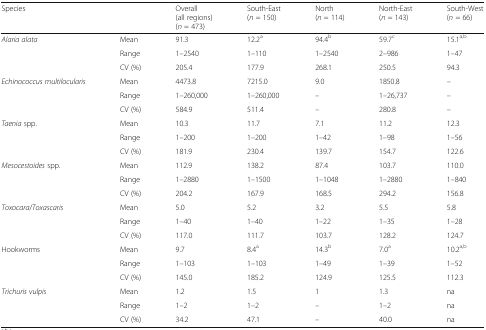
<table><thead><tr><td colspan="2"><b>Species</b></td><td><b>Overall (all regions)(<i>n</i> = 473)</b></td><td><b>South-East(<i>n</i> = 150)</b></td><td><b>North(<i>n</i> = 114)</b></td><td><b>North-East(<i>n</i> = 143)</b></td><td><b>South-West(<i>n</i> = 66)</b></td></tr></thead><tbody><tr><td rowspan="3"><i>Alaria alata</i></td><td>Mean</td><td>91.3</td><td>12.2<sup>a</sup></td><td>94.4<sup>b</sup></td><td>59.7<sup>c</sup></td><td>15.1<sup>a,b</sup></td></tr><tr><td>Range</td><td>1–2540</td><td>1–110</td><td>1–2540</td><td>2–986</td><td>1–47</td></tr><tr><td>CV (%)</td><td>205.4</td><td>177.9</td><td>268.1</td><td>250.5</td><td>94.3</td></tr><tr><td rowspan="3"><i>Echinococcus multilocularis</i></td><td>Mean</td><td>4473.8</td><td>7215.0</td><td>9.0</td><td>1850.8</td><td>–</td></tr><tr><td>Range</td><td>1–260,000</td><td>1–260,000</td><td>–</td><td>1–26,737</td><td>–</td></tr><tr><td>CV (%)</td><td>584.9</td><td>511.4</td><td>–</td><td>280.8</td><td>–</td></tr><tr><td rowspan="3"><i>Taenia</i> spp.</td><td>Mean</td><td>10.3</td><td>11.7</td><td>7.1</td><td>11.2</td><td>12.3</td></tr><tr><td>Range</td><td>1–200</td><td>1–200</td><td>1–42</td><td>1–98</td><td>1–56</td></tr><tr><td>CV (%)</td><td>181.9</td><td>230.4</td><td>139.7</td><td>154.7</td><td>122.6</td></tr><tr><td rowspan="3"><i>Mesocestoides</i> spp.</td><td>Mean</td><td>112.9</td><td>138.2</td><td>87.4</td><td>103.7</td><td>110.0</td></tr><tr><td>Range</td><td>1–2880</td><td>1–1500</td><td>1–1048</td><td>1–2880</td><td>1–840</td></tr><tr><td>CV (%)</td><td>204.2</td><td>167.9</td><td>168.5</td><td>294.2</td><td>156.8</td></tr><tr><td rowspan="3"><i>Toxocara</i>/<i>Toxascaris</i></td><td>Mean</td><td>5.0</td><td>5.2</td><td>3.2</td><td>5.5</td><td>5.8</td></tr><tr><td>Range</td><td>1–40</td><td>1–40</td><td>1–22</td><td>1–35</td><td>1–28</td></tr><tr><td>CV (%)</td><td>117.0</td><td>111.7</td><td>103.7</td><td>128.2</td><td>124.7</td></tr><tr><td rowspan="3">Hookworms</td><td>Mean</td><td>9.7</td><td>8.4<sup>a</sup></td><td>14.3<sup>b</sup></td><td>7.0<sup>a</sup></td><td>10.2<sup>a,b</sup></td></tr><tr><td>Range</td><td>1–103</td><td>1–103</td><td>1–49</td><td>1–39</td><td>1–52</td></tr><tr><td>CV (%)</td><td>145.0</td><td>185.2</td><td>124.9</td><td>125.5</td><td>112.3</td></tr><tr><td rowspan="3"><i>Trichuris vulpis</i></td><td>Mean</td><td>1.2</td><td>1.5</td><td>1</td><td>1.3</td><td>na</td></tr><tr><td>Range</td><td>1–2</td><td>1–2</td><td>–</td><td>1–2</td><td>na</td></tr><tr><td>CV (%)</td><td>34.2</td><td>47.1</td><td>–</td><td>40.0</td><td>na</td></tr></tbody></table>